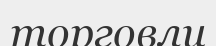
торговли